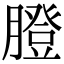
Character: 膯